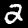
Digit: 2